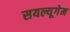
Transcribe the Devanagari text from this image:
सयल्यूगेम